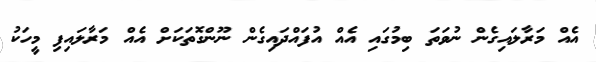
އެއް މަރާލައިގެން ނުވަތަ ބިމުގައި އެއް އުފައްދައިގެން ނޫންގޮތަކަށް އެއް މަރާލައިފި މީހަކު